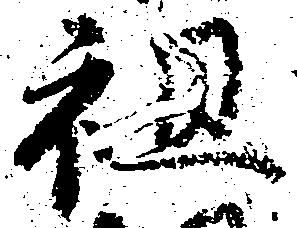
祖